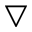
\bigtriangledown